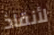
لأنقاذ